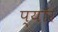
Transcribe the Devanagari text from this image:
प्यॉर